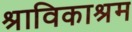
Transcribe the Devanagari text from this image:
श्राविकाश्रम